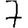
Digit: 7